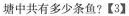
塘中共有多少条鱼?【3】